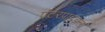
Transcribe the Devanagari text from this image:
एंटरप्राइझला